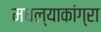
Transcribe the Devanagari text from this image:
मधल्याकांग्रा